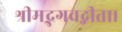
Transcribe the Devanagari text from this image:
श्रीमद्भगवद्गीता।